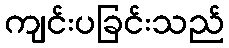
ကျင်းပခြင်းသည်